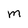
Character: M